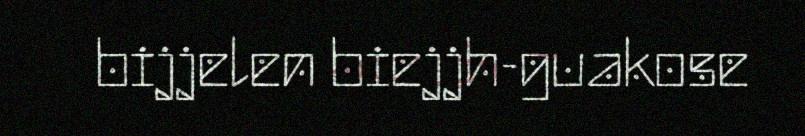
bijjelen biejjh-guakose